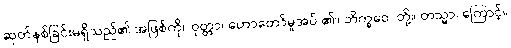
ဆုတ်နစ်ခြင်းမရှိသည်၏ အဖြစ်ကို။ ဝုတ္တာ၊ ဟောတော်မူအပ် ၏။ ဘိက္ခဝေ၊ တို့။ တသ္မာ၊ ကြောင့်။